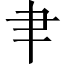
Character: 𦘒